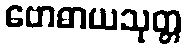
ဗောဓာယသုတ္တ